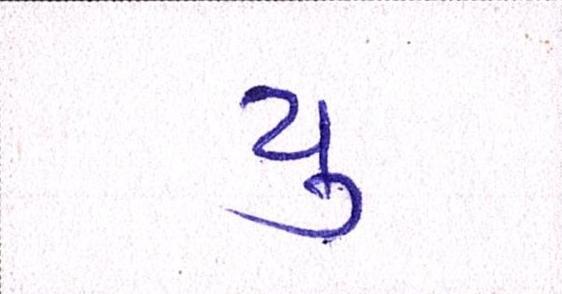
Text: યુ